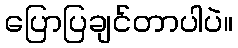
ပြောပြချင်တာပါပဲ။